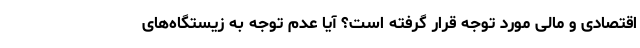
اقتصادی و مالی مورد توجه قرار گرفته است؟ آیا عدم توجه به زیستگاه‌های